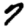
Digit: 7